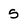
Character: 5